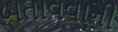
બતાવવાની